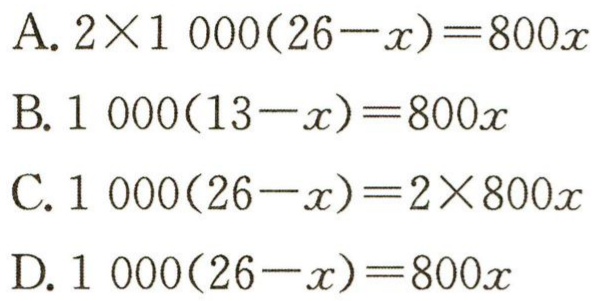
A. \(2\times1000(26 - x)=800x\)

B. \(1000(13 - x)=800x\)

C. \(1000(26 - x)=2\times800x\)

D. \(1000(26 - x)=800x\)